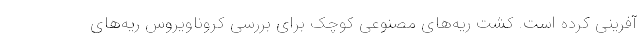
آفرینی کرده است. کشت ریه‌های مصنوعی کوچک برای بررسی کروناویروس ریه‌های